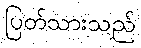
ပြတ်သားသည်